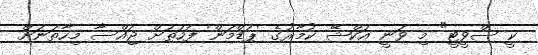
ކީ ސްވީޓީ" މި ވަނީ އަކްޝޭ ކުމާރުގެ 'ޕަޑްމަން' ފަހަތަށް ޖައްސާ މިހާތަނަށް